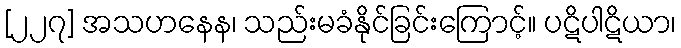
[၂၂၇] အသဟနေန၊ သည်းမခံနိုင်ခြင်းကြောင့်။ ပဋိပါဋိယာ၊